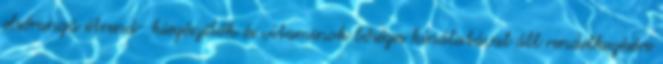
elsőrangú étrend- kiegészítők és vitaminok bőséges kínálatával áll rendelkezésére